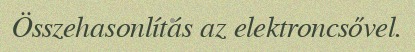
Összehasonlítás az elektroncsővel.